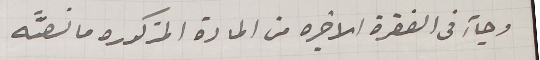
وجاء فى الفقرة الاخيره من المادة المذكوره ما نصَّه